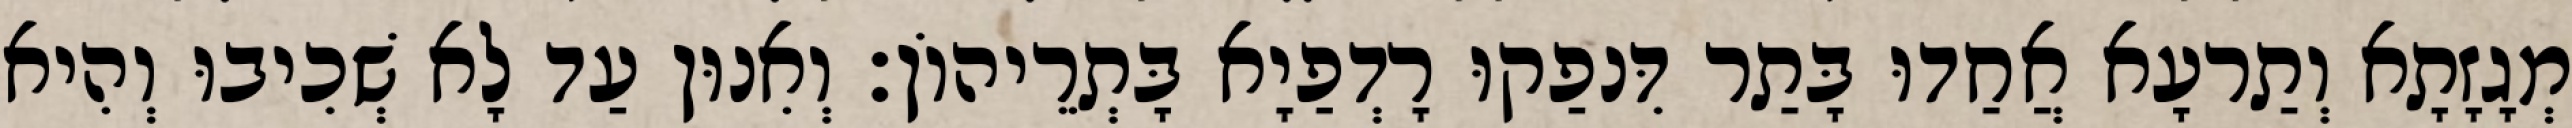
מְגָזָתָא וְתַרעָא אֲחַדוּ בָּתַר דִּנפַקוּ רָדְפַיָא בָּתְרֵיהוֹן׃ וְאִנוּן עַד לָא שְׁכִיבוּ וְהִיא